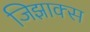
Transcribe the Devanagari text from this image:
जिझाक्स